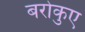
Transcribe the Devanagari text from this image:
बरोकुए